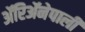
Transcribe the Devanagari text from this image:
ॲरिॲनेपाली